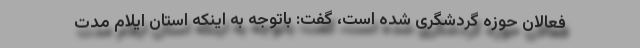
فعالان حوزه گردشگری شده است، گفت: باتوجه به اینکه استان ایلام مدت